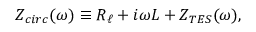
Z _ { c i r c } ( \omega ) \equiv R _ { \ell } + i \omega L + Z _ { T E S } ( \omega ) ,